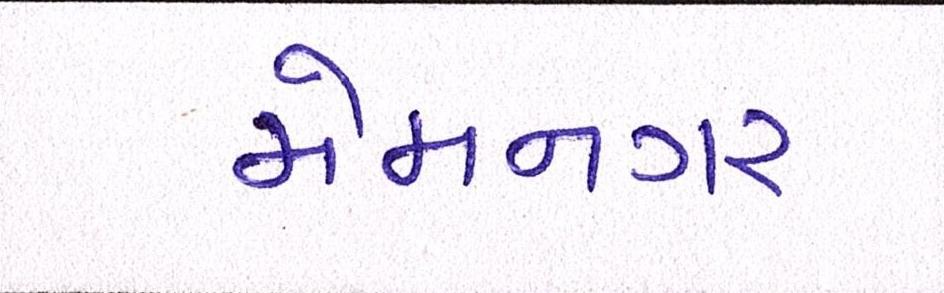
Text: મેમનગર